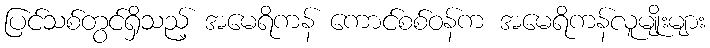
ပြင်သစ်တွင်ရှိသည့် အမေရိကန် ကောင်စစ်ဝန်က အမေရိကန်လူမျိုးများ